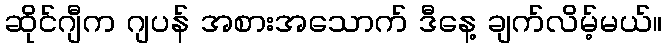
ဆိုင်ဂျီက ဂျပန် အစားအသောက် ဒီနေ့ ချက်လိမ့်မယ်။